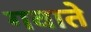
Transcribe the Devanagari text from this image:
गवाते